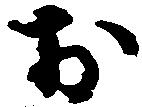
お